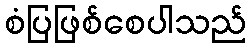
စံပြဖြစ်စေပါသည်